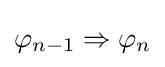
\varphi _{n-1}\Rightarrow \varphi _{n}